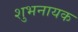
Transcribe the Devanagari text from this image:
शुभनायक